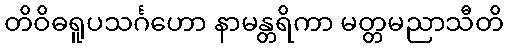
တိဝိဓရူပသင်္ဂဟော နာမန္တရိကာ မတ္တမညာသီတိ